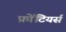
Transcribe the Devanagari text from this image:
फ्रोंटियर्स